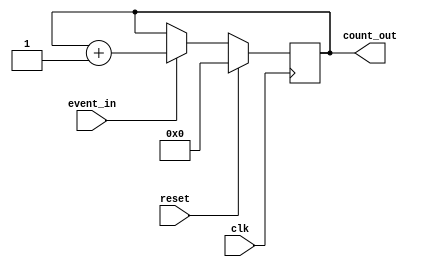
module EventCounter (
    input wire clk,            // Clock signal
    input wire reset,          // Active-high reset signal
    input wire event_in,       // Event signal to trigger counting
    output reg [7:0] count_out // 8-bit output for current count value
);

    // Internal register to hold the current count value
    reg [7:0] count_reg;

    // Synchronous operation block
    always @(posedge clk) begin
        if (reset) begin
            // Reset the count to 0
            count_reg <= 8'b0;
        end else if (event_in) begin
            // Increment the counter on event signal
            count_reg <= count_reg + 1;
        end
    end

    // Continuous assignment to output the current count value
    always @(*) begin
        count_out = count_reg;
    end

endmodule